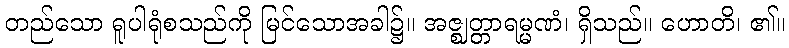
တည်သော ရူပါရုံစသည်ကို မြင်သောအခါ၌။ အဇ္ဈတ္တာရမ္မဏံ၊ ရှိသည်။ ဟောတိ၊ ၏။